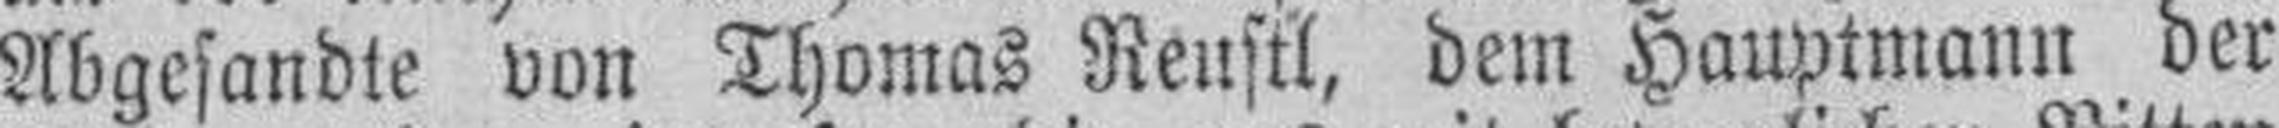
Abgesandte von Thomas Reustl, dem Hauptmann der